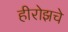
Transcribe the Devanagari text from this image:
हीरोझचे